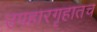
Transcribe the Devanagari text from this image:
उपहारगृहातच